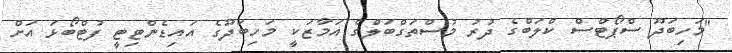
"މަހިބަދޫ ސްޕޯޓްސް ކްލަބްގެ ދުރު މުސްތަގްބަލްގެ އަމާޒަކީ މަހިބަދޫގެ އައިޑެންޓިޓީ ފުޓްބޯޅަ އަށް